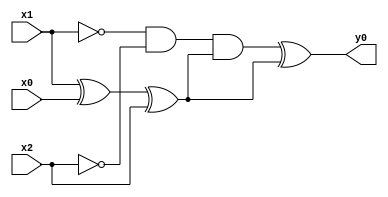
module top( x0 , x1 , x2 , y0 );
  input x0 , x1 , x2 ;
  output y0 ;
  wire n4 , n5 , n6 , n7 , n8 ;
  assign n4 = ~x1 & ~x2 ;
  assign n5 = x1 ^ x0 ;
  assign n6 = n5 ^ x2 ;
  assign n7 = n4 & n6 ;
  assign n8 = n7 ^ n6 ;
  assign y0 = n8 ;
endmodule